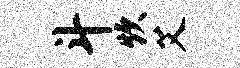
斗炊艾